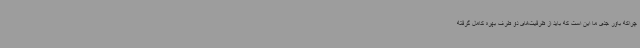
چراکه باور جدی ما این است که باید از ظرفیت‌های دو طرف بهره کامل گرفته